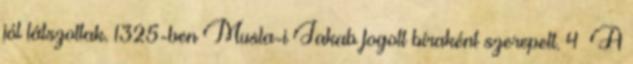
jól látszottak. 1325-ben Musla-i Jakab fogott bíraként szerepelt. 4 A